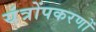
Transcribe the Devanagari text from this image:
यंत्रोंपकरणों